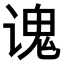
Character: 𫍷